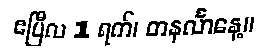
ဧပြီလ 1 ရက်၊ တနင်္လာနေ့။